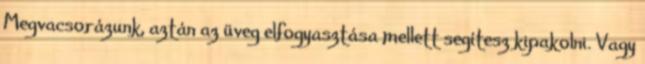
Megvacsorázunk, aztán az üveg elfogyasztása mellett segítesz kipakolni. Vagy